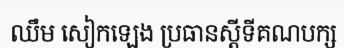
ឈឹម សៀកឡេង ប្រធានស្តីទីគណបក្ស